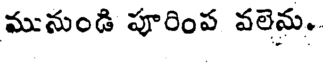
మునుండి పూరింప వలెను.